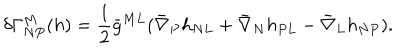
LaTeX: \delta \Gamma _ { N P } ^ { M } ( h ) = { \frac { 1 } { 2 } } \bar { g } ^ { M L } ( \bar { \nabla } _ { P } h _ { N L } + \bar { \nabla } _ { N } h _ { P L } - \bar { \nabla } _ { L } h _ { N P } ) .